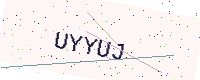
Text: UYYUJ